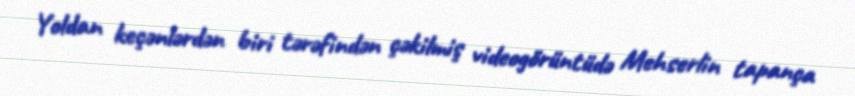
Yoldan keçənlərdən biri tərəfindən çəkilmiş videogörüntüdə Mehserlin tapança